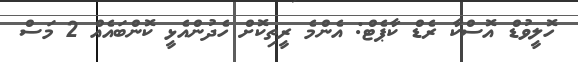
ހޮލީވުޑް އޮސްކާ ރެޑް ކާޕެޓް: އެންމެ ރީތިކޮށް ހެދުންއެޅީ ކޮންބައެއް 2 މަސް